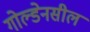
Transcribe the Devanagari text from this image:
गोल्डेनसील